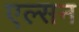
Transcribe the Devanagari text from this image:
एल्सन